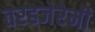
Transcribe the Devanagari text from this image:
तरहजेरेमी